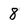
Character: 8